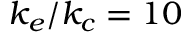
k _ { e } / k _ { c } = 1 0